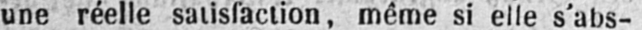
une réelle satisfaction, même si elle s’abs-